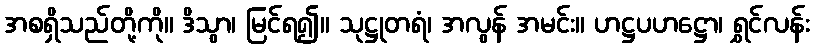
အစရှိသည်တို့ကို။ ဒိသွာ၊ မြင်ရ၍။ သုဋ္ဌုတရံ၊ အလွန် အမင်း။ ဟဋ္ဌပဟဋ္ဌော၊ ရွှင်လန်း